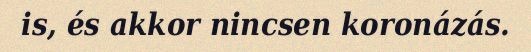
is, és akkor nincsen koronázás.